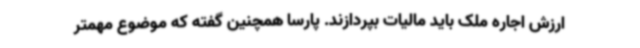
ارزش اجاره ملک باید مالیات بپردازند. پارسا همچنین گفته که موضوع مهمتر